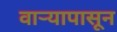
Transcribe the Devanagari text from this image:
वार्‍यापासून